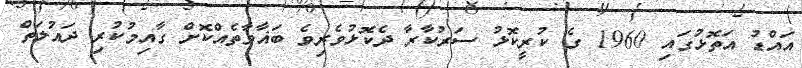
އައްޑު އަތޮޅުގައި 1960 ގެ ކުރީކޮޅު ސަރުކާރާ ދެކޮޅުވެރިވެ ބަޣާވާތެއްކޮށް ގާއިމުކުރި ދައުލަތް